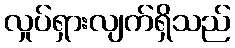
လှုပ်ရှားလျက်ရှိသည်